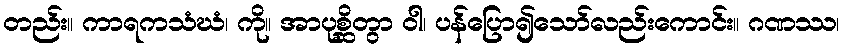
တည်း။ ကာရကသံဃံ၊ ကို။ အာပုစ္ဆိတွာ ဝါ၊ ပန်ပြော၍သော်လည်းကောင်း။ ဂဏဿ၊